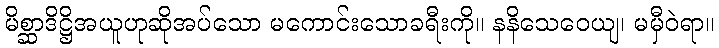
မိစ္ဆာဒိဋ္ဌိအယူဟုဆိုအပ်သော မကောင်းသောခရီးကို။ နနိသေဝေယျ၊ မမှီဝဲရာ။